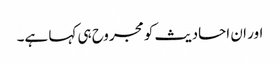
اور ان احادیث کو مجروح ہی کہا ہے۔